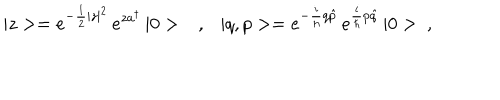
LaTeX: | z > = e ^ { - \frac { 1 } { 2 } | z | ^ { 2 } } \, e ^ { z a ^ { \dagger } } \, | 0 > \ \ \ , \ \ \ | q , p > = e ^ { - \frac { i } { \hbar } q \hat { p } } \, e ^ { \frac { i } { \hbar } p \hat { q } } \, | 0 > \ ,